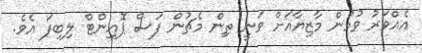
އެއްވަރު ވުމުން މާޒިޔާއަށް ވަނީ ތިން މެޗުން ފަސް ޕޮއިންޓް ލިބިފަ އެވެ.